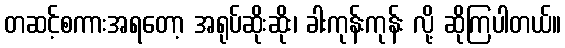
တဆင့်စကားအရတော့ အရုပ်ဆိုးဆိုး၊ ခါးကုန်းကုန်း လို့ ဆိုကြပါတယ်။